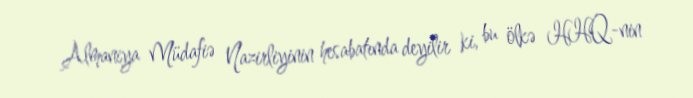
Almaniya Müdafiə Nazirliyinin hesabatında deyilir ki, bu ölkə HHQ-nin